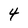
Character: 4